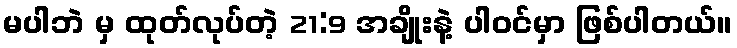
မပါဘဲ မှ ထုတ်လုပ်တဲ့ 21:9 အချိုးနဲ့ ပါဝင်မှာ ဖြစ်ပါတယ်။